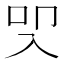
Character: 𭀾